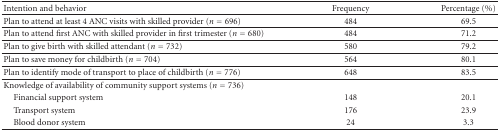
<table><thead><tr><td><b>Intention and behavior</b></td><td><b>Frequency</b></td><td><b>Percentage (%)</b></td></tr></thead><tbody><tr><td>Plan to attend at least 4 ANC visits with skilled provider (<i>n</i> = 696)</td><td>484</td><td>69.5</td></tr><tr><td>Plan to attend first ANC with skilled provider in first trimester (<i>n</i> = 680)</td><td>484</td><td>71.2</td></tr><tr><td>Plan to give birth with skilled attendant (<i>n</i> = 732)</td><td>580</td><td>79.2</td></tr><tr><td>Plan to save money for childbirth (<i>n</i> = 704)</td><td>564</td><td>80.1</td></tr><tr><td>Plan to identify mode of transport to place of childbirth (<i>n</i> = 776)</td><td>648</td><td>83.5</td></tr><tr><td>Knowledge of availability of community support systems (<i>n</i> = 736)</td><td></td><td></td></tr><tr><td> Financial support system</td><td>148</td><td>20.1</td></tr><tr><td> Transport system</td><td>176</td><td>23.9</td></tr><tr><td> Blood donor system</td><td>24</td><td>3.3</td></tr></tbody></table>